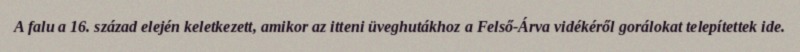
A falu a 16. század elején keletkezett, amikor az itteni üveghutákhoz a Felső-Árva vidékéről gorálokat telepítettek ide.